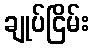
ချုပ်ငြိမ်း